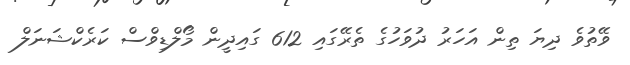
ވޭތުވެ ދިޔަ ތިން އަހަރު ދުވަހުގެ ތެރޭގައި 612 ގައިދީން މޯލްޑިވްސް ކަރެކްޝަނަލް